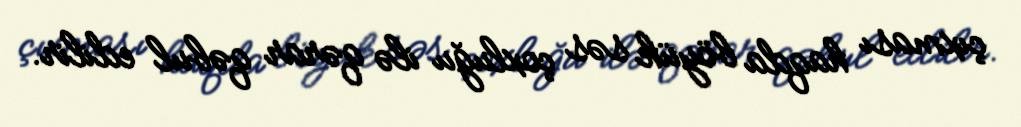
çıxması haqda böyük səs çoxluğu ilə qərar qəbul edilir.